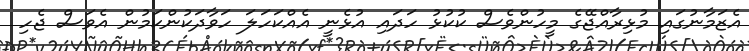
އެޒަމާނުގައި މުޅިރާއްޖޭގެ މީހުންވެސް ކުކުޅު ހަދައި އުޅެނީ އެއްކަހަލަ ހަވާދަކުންކަމުން އެވަސް ޖެހި